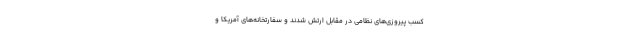
کسب پیروزی‌های نظامی در مقابل ارتش شدند و سفارتخانه‌های آمریکا و